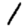
Digit: 1